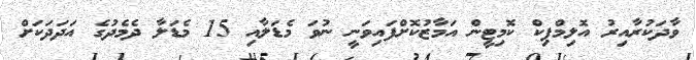
ވާދަކުރާއިރު އޮލިމްޕިކް ކޮމިޓީން އަމާޒުކޮށްފައިވަނީ ނުވަ މެޑަލާއި 15 މެޑަލާ ދެމެދުގެ އަދަދަކަށް